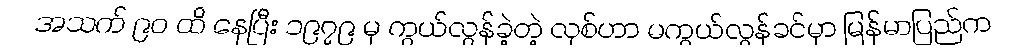
အသက် ၉၀ ထိ နေပြီး ၁၉၇၉ မှ ကွယ်လွန်ခဲ့တဲ့ လုစ်ဟာ မကွယ်လွန်ခင်မှာ မြန်မာပြည်က